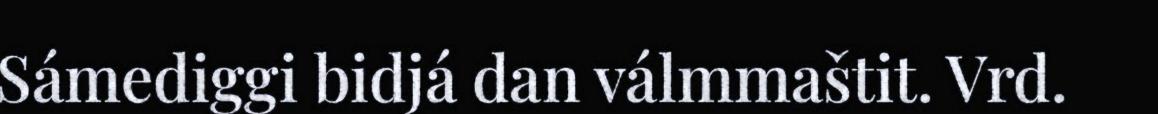
Sámediggi bidjá dan válmmaštit. Vrd.